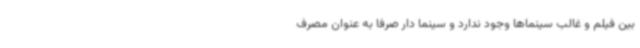
بین فیلم و غالب سینماها وجود ندارد و سینما دار صرفا به عنوان مصرف